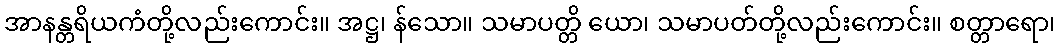
အာနန္တရိယကံတို့လည်းကောင်း။ အဋ္ဌ၊ န်သော။ သမာပတ္တိ ယော၊ သမာပတ်တို့လည်းကောင်း။ စတ္တာရော၊